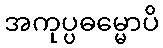
အကုပ္ပဓမ္မောပိ